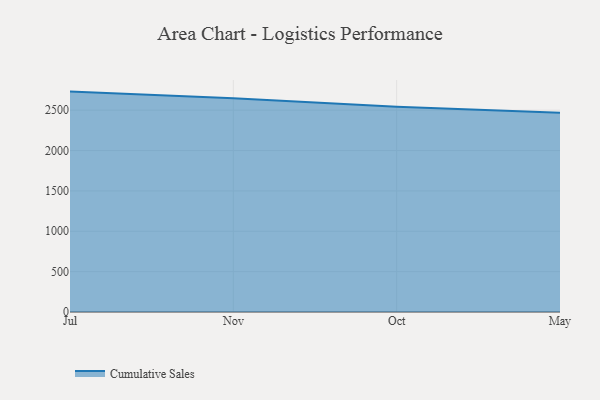
{"axis": {"x": "Month", "y": "Inventory Turnover"}, "legend": ["Cumulative Sales"], "data": [{"x": "Jul", "y": 2730.1, "type": "Cumulative Sales"}, {"x": "Nov", "y": 2648.3, "type": "Cumulative Sales"}, {"x": "Oct", "y": 2540.9, "type": "Cumulative Sales"}, {"x": "May", "y": 2469.4, "type": "Cumulative Sales"}]}